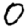
Digit: 0